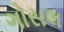
ગોસલ